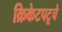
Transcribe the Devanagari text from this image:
क्रिकेटपटूचे